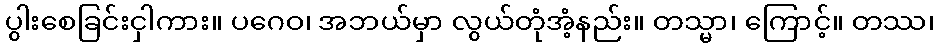
ပွါးစေခြင်းငှါကား။ ပဂေဝ၊ အဘယ်မှာ လွယ်တုံအံ့နည်း။ တသ္မာ၊ ကြောင့်။ တဿ၊